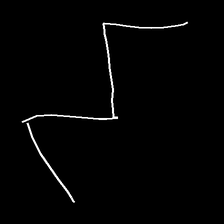
Glyph: crush